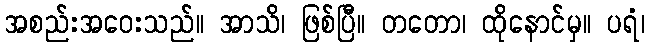
အစည်းအဝေးသည်။ အာသိ၊ ဖြစ်ပြီ။ တတော၊ ထိုနောင်မှ။ ပရံ၊